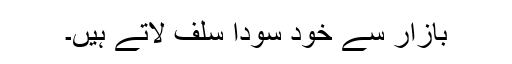
بازار سے خود سودا سلف لاتے ہیں۔